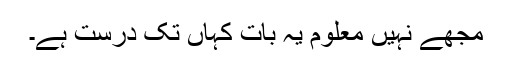
مجھے نہیں معلوم یہ بات کہاں تک درست ہے۔